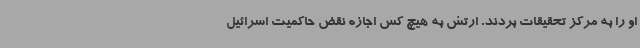
او را به مرکز تحقیقات بردند. ارتش به هیچ کس اجازه نقض حاکمیت اسرائیل